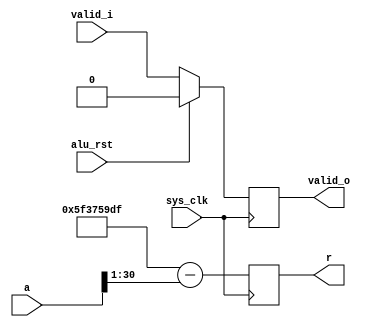
/*
 * Milkymist SoC
 * Copyright (C) 2007, 2008, 2009, 2010 Sebastien Bourdeauducq
 *
 * This program is free software: you can redistribute it and/or modify
 * it under the terms of the GNU General Public License as published by
 * the Free Software Foundation, version 3 of the License.
 *
 * This program is distributed in the hope that it will be useful,
 * but WITHOUT ANY WARRANTY; without even the implied warranty of
 * MERCHANTABILITY or FITNESS FOR A PARTICULAR PURPOSE.  See the
 * GNU General Public License for more details.
 *
 * You should have received a copy of the GNU General Public License
 * along with this program.  If not, see <http://www.gnu.org/licenses/>.
 */

module pfpu_quake(
	input sys_clk,
	input alu_rst,

	input [31:0] a,
	input valid_i,

	output reg [31:0] r,
	output reg valid_o
);

always @(posedge sys_clk) begin
	if(alu_rst)
		valid_o <= 1'b0;
	else
		valid_o <= valid_i;
	r <= 32'h5f3759df - a[30:1]; // ignore sign bit and shift
end

endmodule